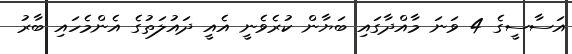
އަސާސީގެ 4 ވަނަ މާއްދާގައި ބަޔާން ކުރެވެނީ އެއީ ދައުލަތުގެ އެންމެހައި ބާރު